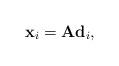
LaTeX: \begin{align*}\mathbf{x}_i=\mathbf{A}\mathbf{d}_i,\end{align*}